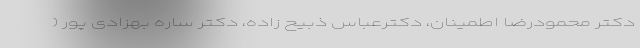
دکتر محمودرضا اطمینان، دکترعباس ذبیح زاده، دکتر ساره بهزادی پور (